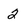
Character: 2